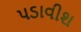
પડાવીશ